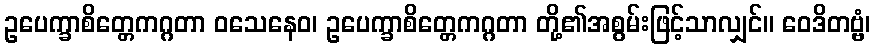
ဥပေက္ခာစိတ္တေကဂ္ဂတာ ဝသေနေဝ၊ ဥပေက္ခာစိတ္တေကဂ္ဂတာ တို့၏အစွမ်းဖြင့်သာလျှင်။ ဝေဒိတဗ္ဗံ၊